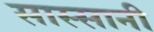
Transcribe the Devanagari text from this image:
सास्सानी